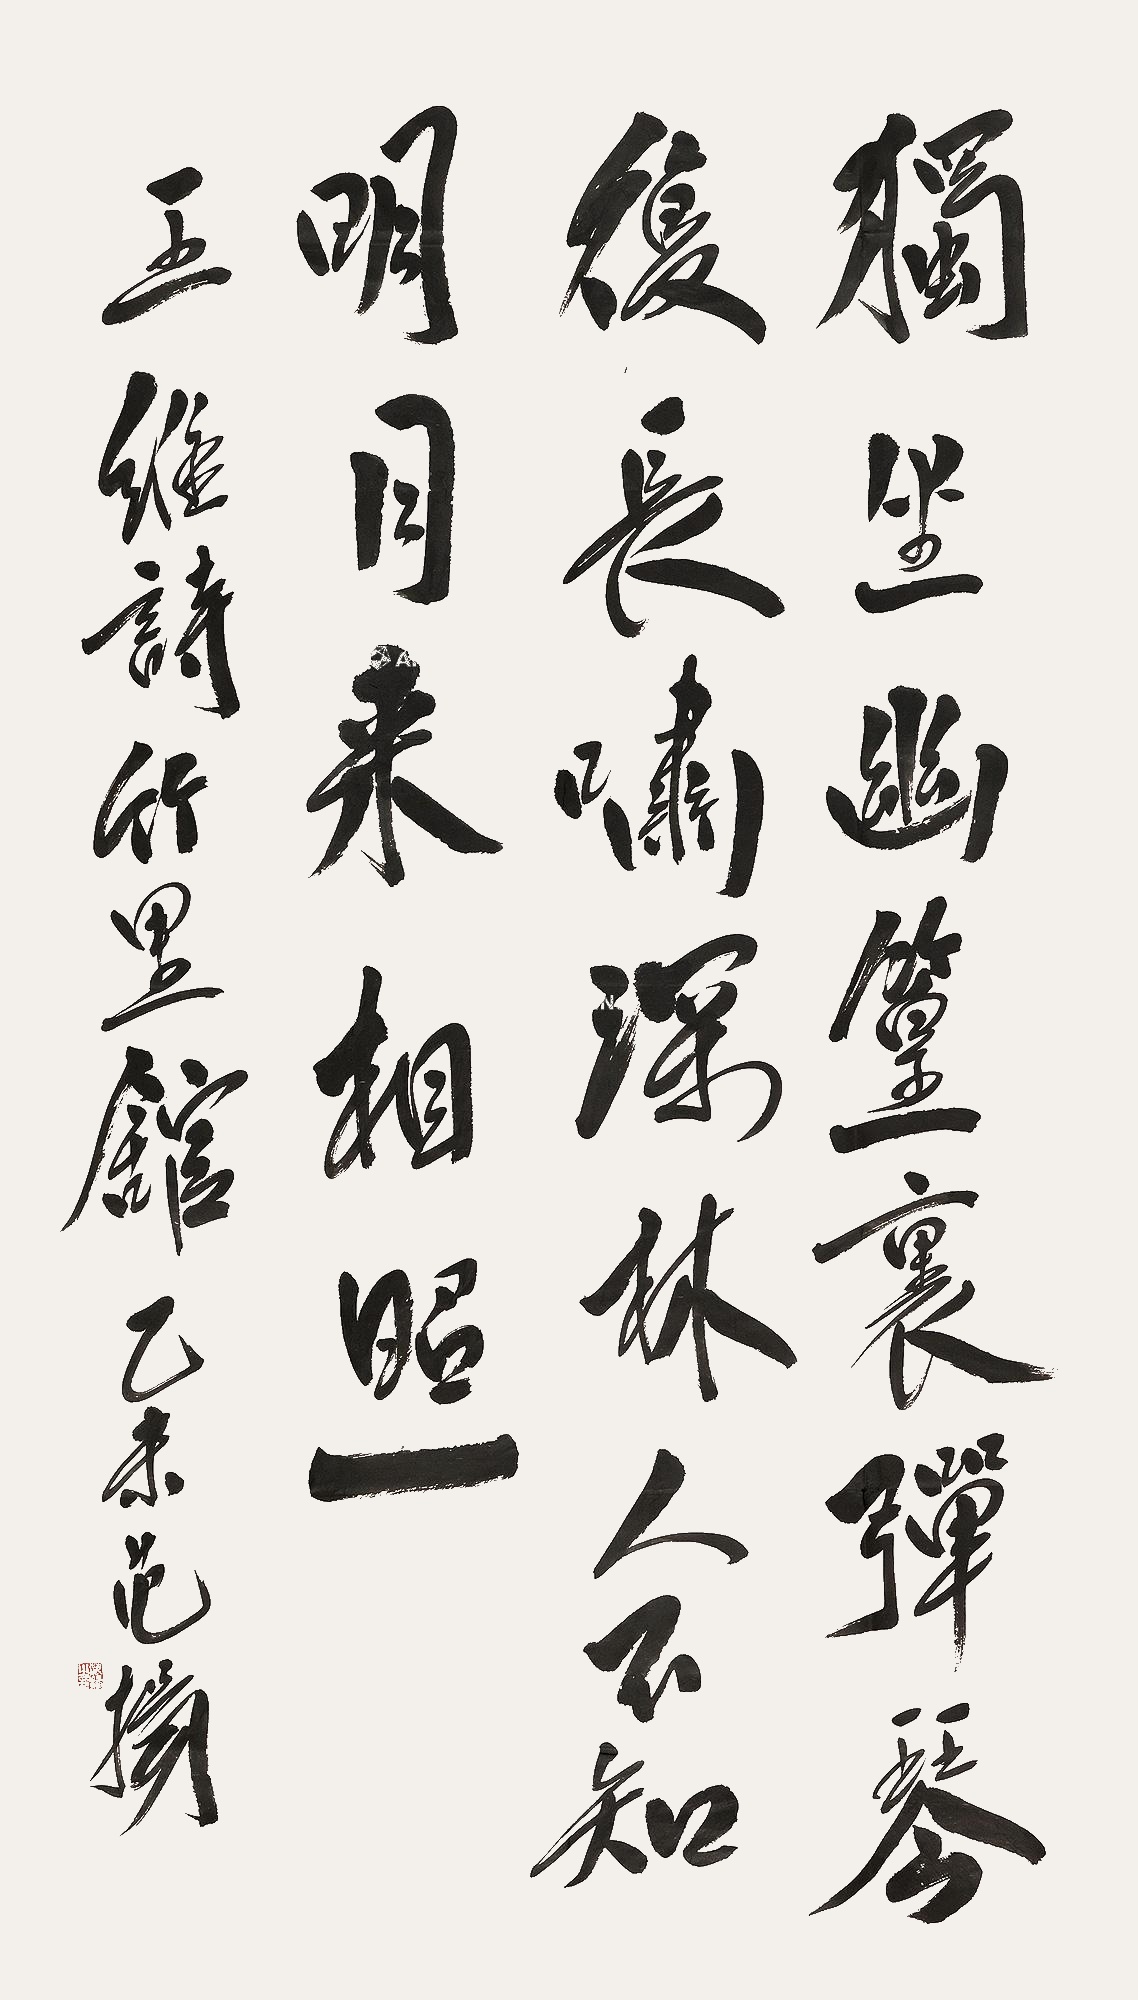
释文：独坐幽篁里，弹琴复长啸。深林人不知，明月来相照。王维诗《竹里馆》。乙未，范扬。